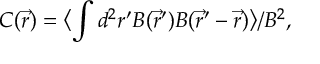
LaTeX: C ( \vec { r } ) = \bigl \langle \int d ^ { 2 } r ^ { \prime } B ( \vec { r } ^ { \prime } ) B ( \vec { r } ^ { \prime } - \vec { r } ) \bigr \rangle / B ^ { 2 } ,